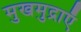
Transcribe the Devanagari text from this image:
मुखमुद्राएँ